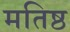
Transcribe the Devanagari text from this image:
मतिष्ठ